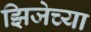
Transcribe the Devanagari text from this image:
झिजेच्या